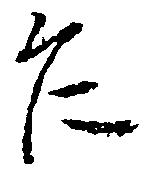
乍